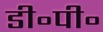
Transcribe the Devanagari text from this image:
डी॰पी॰